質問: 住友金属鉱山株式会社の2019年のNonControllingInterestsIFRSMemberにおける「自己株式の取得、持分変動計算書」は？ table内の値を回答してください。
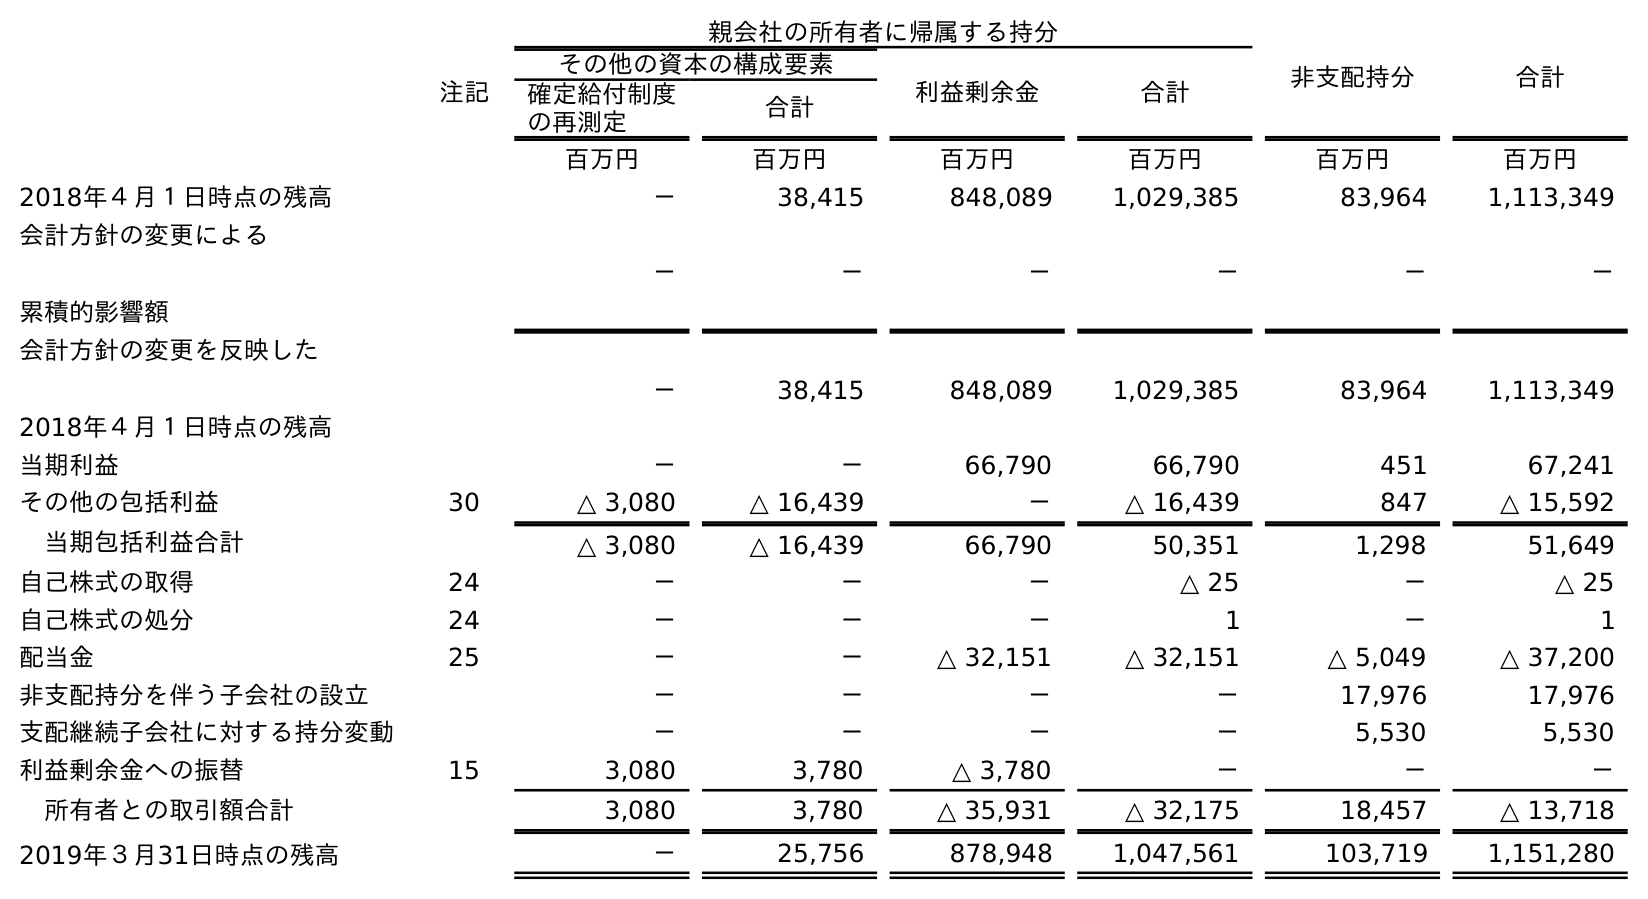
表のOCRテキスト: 親会社の所有者に帰属する持分 非支配持分 合計 注記 その他の資本の構成要素 利益剰余金 合計 確定給付制度 の再測定 合計 百万円 百万円 百万円 百万円 百万円 百万円 2018年４月１日時点の残高 － 38,415 848,089 1,029,385 83,964 1,113,349 会計方針の変更による 累積的影響額 － － － － － － 会計方針の変更を反映した 2018年４月１日時点の残高 － 38,415 848,089 1,029,385 83,964 1,113,349 当期利益 － － 66,790 66,790 451 67,241 その他の包括利益 30 △ 3,080 △ 16,439 － △ 16,439 847 △ 15,592 当期包括利益合計 △ 3,080 △ 16,439 66,790 50,351 1,298 51,649 自己株式の取得 24 － － － △ 25 － △ 25 自己株式の処分 24 － － － 1 － 1 配当金 25 － － △ 32,151 △ 32,151 △ 5,049 △ 37,200 非支配持分を伴う子会社の設立 － － － － 17,976 17,976 支配継続子会社に対する持分変動 － － － － 5,530 5,530 利益剰余金への振替 15 3,080 3,780 △ 3,780 － － － 所有者との取引額合計 3,080 3,780 △ 35,931 △ 32,175 18,457 △ 13,718 2019年３月31日時点の残高 － 25,756 878,948 1,047,561 103,719 1,151,280
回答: －